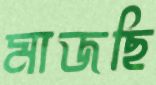
মাজছি